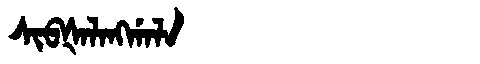
Manchu: ᠰᡳᠪᡧᠠᠯᠠᠩᡤᠠᠯᠠ
Romanization: SIBŠALANGGALA